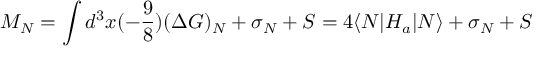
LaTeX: M _ { N } = \int d ^ { 3 } x ( - \frac { 9 } { 8 } ) ( \Delta G ) _ { N } + \sigma _ { N } + S = 4 { \langle N | H _ { a } | N \rangle } + \sigma _ { N } + S